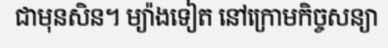
ជាមុនសិន។ ម្យ៉ាងទៀត នៅក្រោមកិច្ចសន្យា